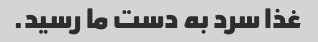
غذا سرد به دست ما رسید.